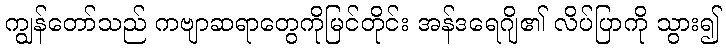
ကျွန်တော်သည် ကဗျာဆရာတွေကိုမြင်တိုင်း အန်ဒရေဂျိ၏ လိပ်ပြာကို သွား၍